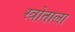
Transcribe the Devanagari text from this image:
स्त्रोताला